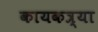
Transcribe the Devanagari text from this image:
कायकत्र्या